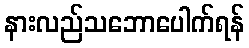
နားလည်သဘောပေါက်ရန်